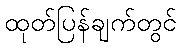
ထုတ်ပြန်ချက်တွင်